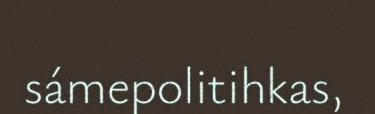
sámepolitihkas,